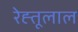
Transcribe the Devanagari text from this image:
रेह्तूलाल